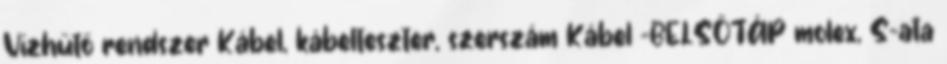
Vízhűtő rendszer Kábel, kábelteszter, szerszám Kábel -BELSŐTÁP molex, S-ata